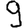
Digit: 9